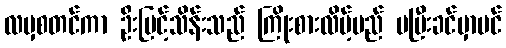
လမှစတင်ကာ ဦးမြင့်သိန်းသည် ကြိုးစားလိမ့်မည် မပြီးခင်မှာပင်